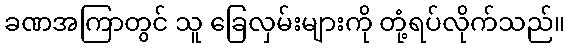
ခဏအကြာတွင် သူ ခြေလှမ်းများကို တုံ့ရပ်လိုက်သည်။